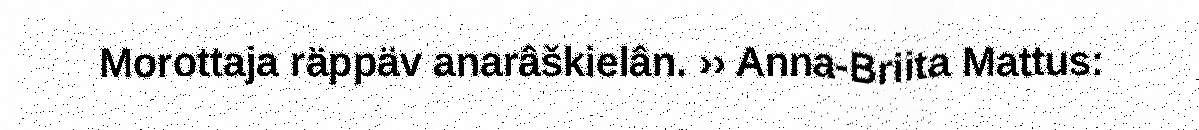
Morottaja räppäv anarâškielân. ›› Anna-Briita Mattus: